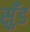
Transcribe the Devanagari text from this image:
सुँड